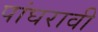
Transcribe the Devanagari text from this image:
पांघरावी